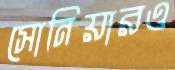
সোনিয়ারও